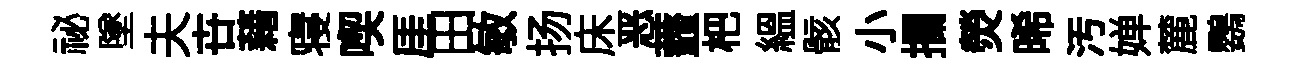
祕墜夫卋藉寝喫厓田敏扬床恶虀杷緼骸小攔熒晞汚婵麓鸚